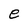
Character: e